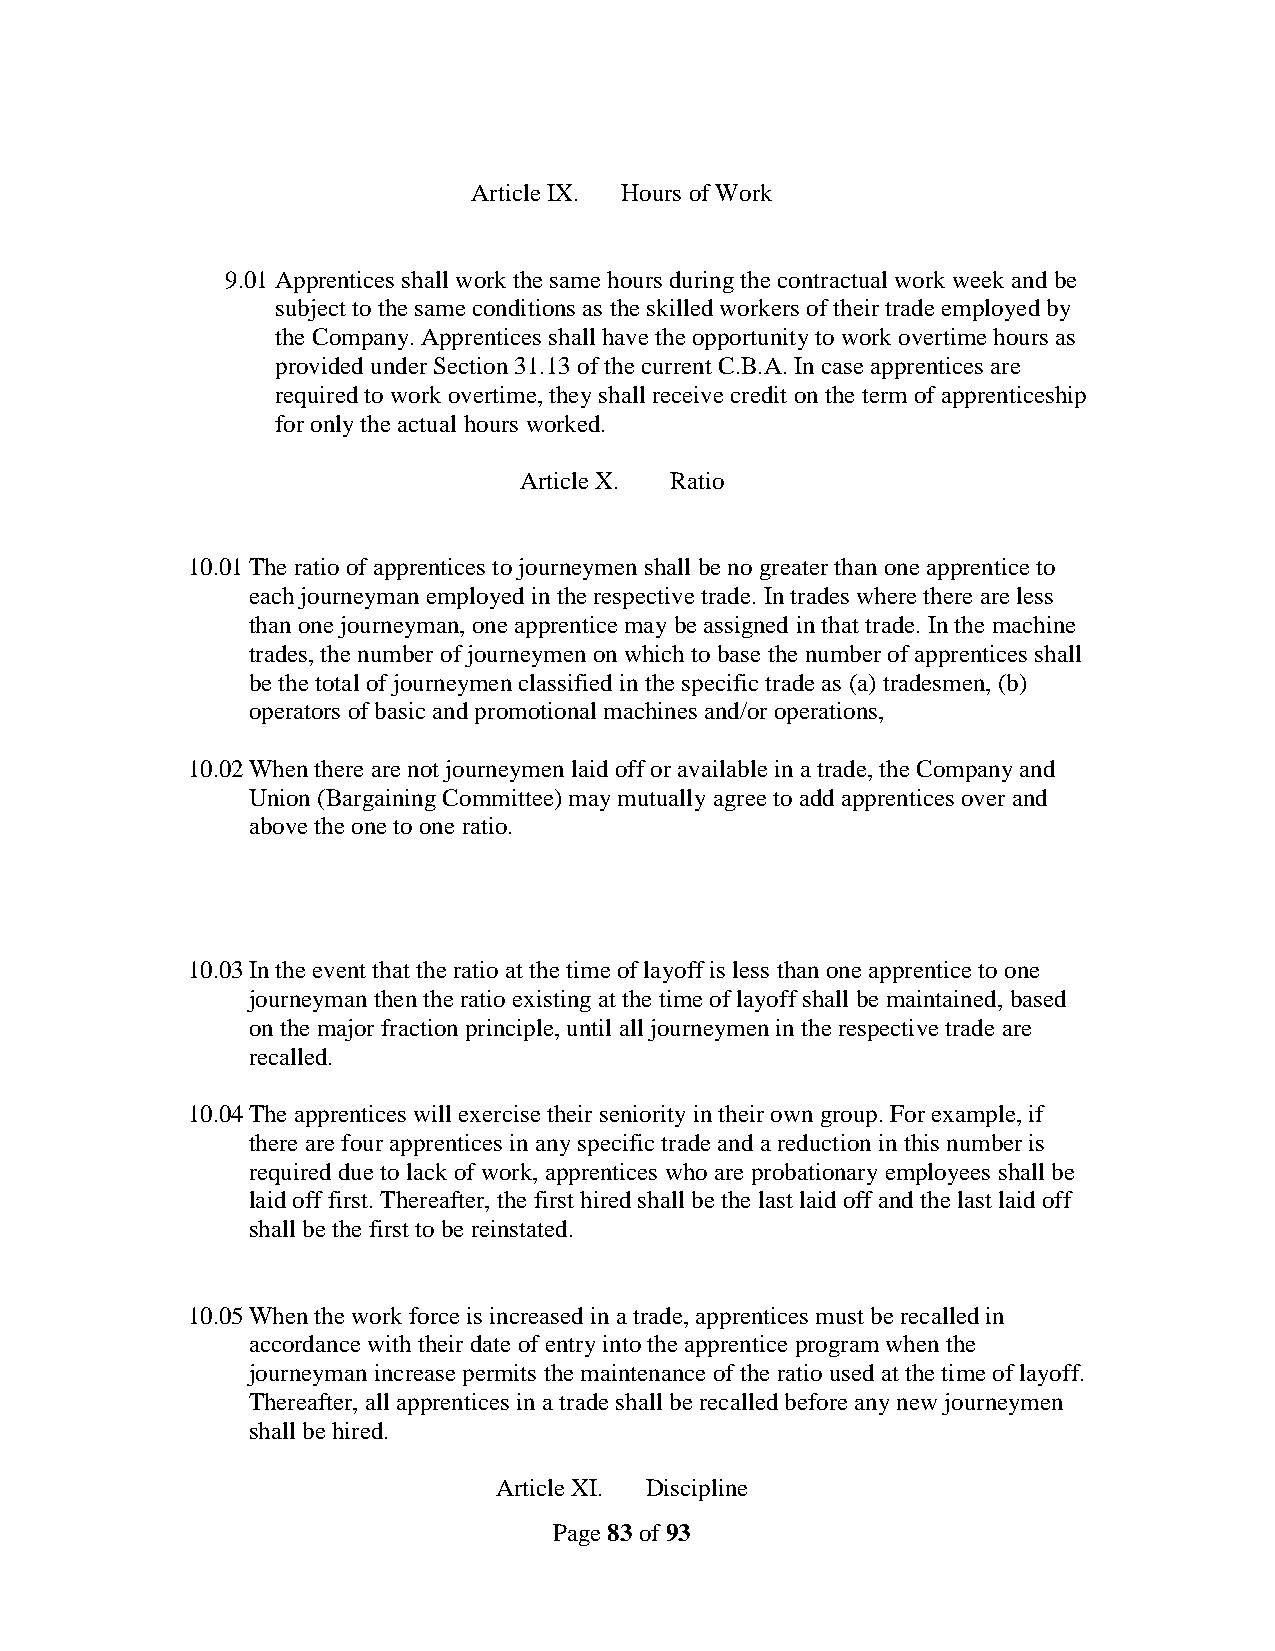
Article IX. Hours of Work
 9.01 Apprentices shall work the same hours during the contractual work week and be
 subject to the same conditions as the skilled workers of their trade employed by
 the Company. Apprentices shall have the opportunity to work overtime hours as
 provided under Section 31.13 of the current C.B.A. In case apprentices are
 required to work overtime, they shall receive credit on the term of apprenticeship
 for only the actual hours worked.
 Article X. Ratio
 10.01 The ratio of apprentices to journeymen shall be no greater than one apprentice to
 each journeyman employed in the respective trade. In trades where there are less
 than one journeyman, one apprentice may be assigned in that trade. In the machine
 trades, the number of journeymen on which to base the number of apprentices shall
 be the total of journeymen classified in the specific trade as (a) tradesmen, (b)
 operators of basic and promotional machines and/or operations,
 10.02 When there are not journeymen laid off or available in a trade, the Company and
 Union (Bargaining Committee) may mutually agree to add apprentices over and
 above the one to one ratio.
 10.03 In the event that the ratio at the time of layoff is less than one apprentice to one
 journeyman then the ratio existing at the time of layoff shall be maintained, based
 on the major fraction principle, until all journeymen in the respective trade are
 recalled.
 10.04 The apprentices will exercise their seniority in their own group. For example, if
 there are four apprentices in any specific trade and a reduction in this number is
 required due to lack of work, apprentices who are probationary employees shall be
 laid off first. Thereafter, the first hired shall be the last laid off and the last laid off
 shall be the first to be reinstated.
 10.05 When the work force is increased in a trade, apprentices must be recalled in
 accordance with their date of entry into the apprentice program when the
 journeyman increase permits the maintenance of the ratio used at the time of layoff.
 Thereafter, all apprentices in a trade shall be recalled before any new journeymen
 shall be hired.
 Article XI. Discipline
 Page 83 of 93